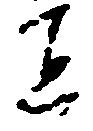
宜